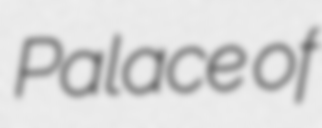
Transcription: Palace of